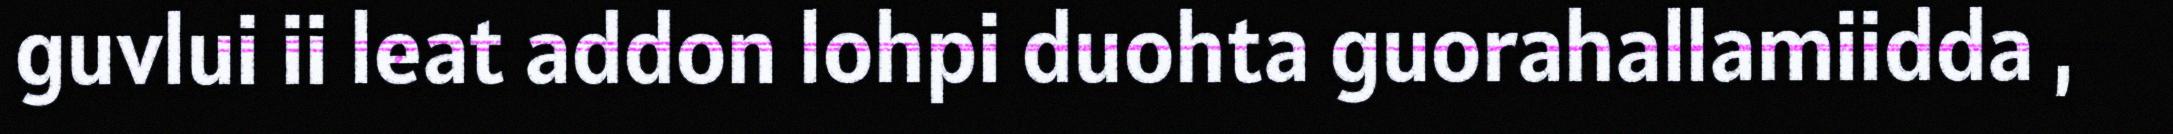
guvlui ii leat addon lohpi duohta guorahallamiidda ,